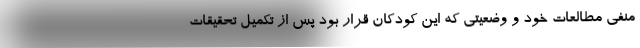
منفی مطالعات خود و وضعیتی که این کودکان قرار بود پس از تکمیل تحقیقات